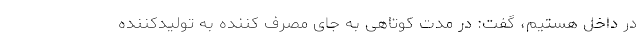
در داخل هستیم، گفت: در مدت کوتاهی به جای مصرف کننده به تولیدکننده